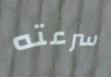
سرعته